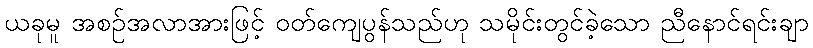
ယခုမူ အစဉ်အလာအားဖြင့် ဝတ်ကျေပွန်သည်ဟု သမိုင်းတွင်ခဲ့သော ညီနောင်ရင်းချာ